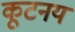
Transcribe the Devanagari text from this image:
कूटनय